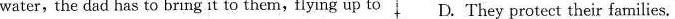
water, the dad has to bring it to them,flying up to D. They protect their families.